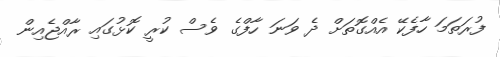
ފުރަތަމަ ހާފެކޭ އެއްގޮތަށް ދެ ވަނަ ހާފްގެ ވެސް ކުރީ ކޮޅުގައި ރާއްޖެއިން